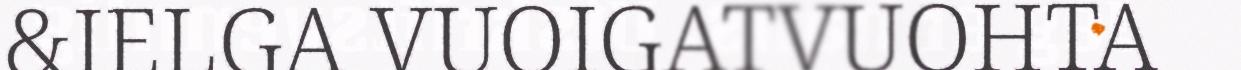
&IELGA VUOIGATVUOHTA